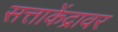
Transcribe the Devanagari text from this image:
सत्ताकेंद्रावर